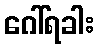
ဂေါ်ရခါး